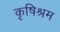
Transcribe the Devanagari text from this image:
कृषिश्रम